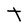
Character: T